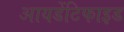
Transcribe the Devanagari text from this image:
आयडेंटिफाइड